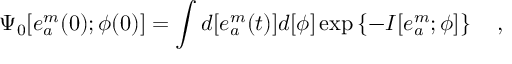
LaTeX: \Psi _ { 0 } [ e _ { a } ^ { m } ( 0 ) ; \phi ( 0 ) ] = \int d [ e _ { a } ^ { m } ( t ) ] d [ \phi ] \exp \left\{ - I [ e _ { a } ^ { m } ; \phi ] \right\} \quad ,